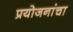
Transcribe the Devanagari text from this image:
प्रयोजनांचा